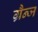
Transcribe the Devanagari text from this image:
ग्रैन्ज